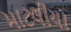
માટલીયા